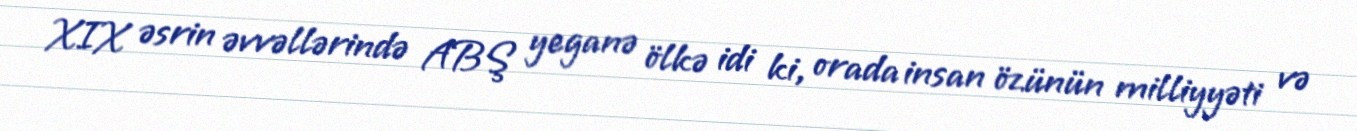
XIX əsrin əvvəllərində ABŞ yeganə ölkə idi ki, orada insan özünün milliyyəti və